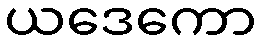
ယဒေကော